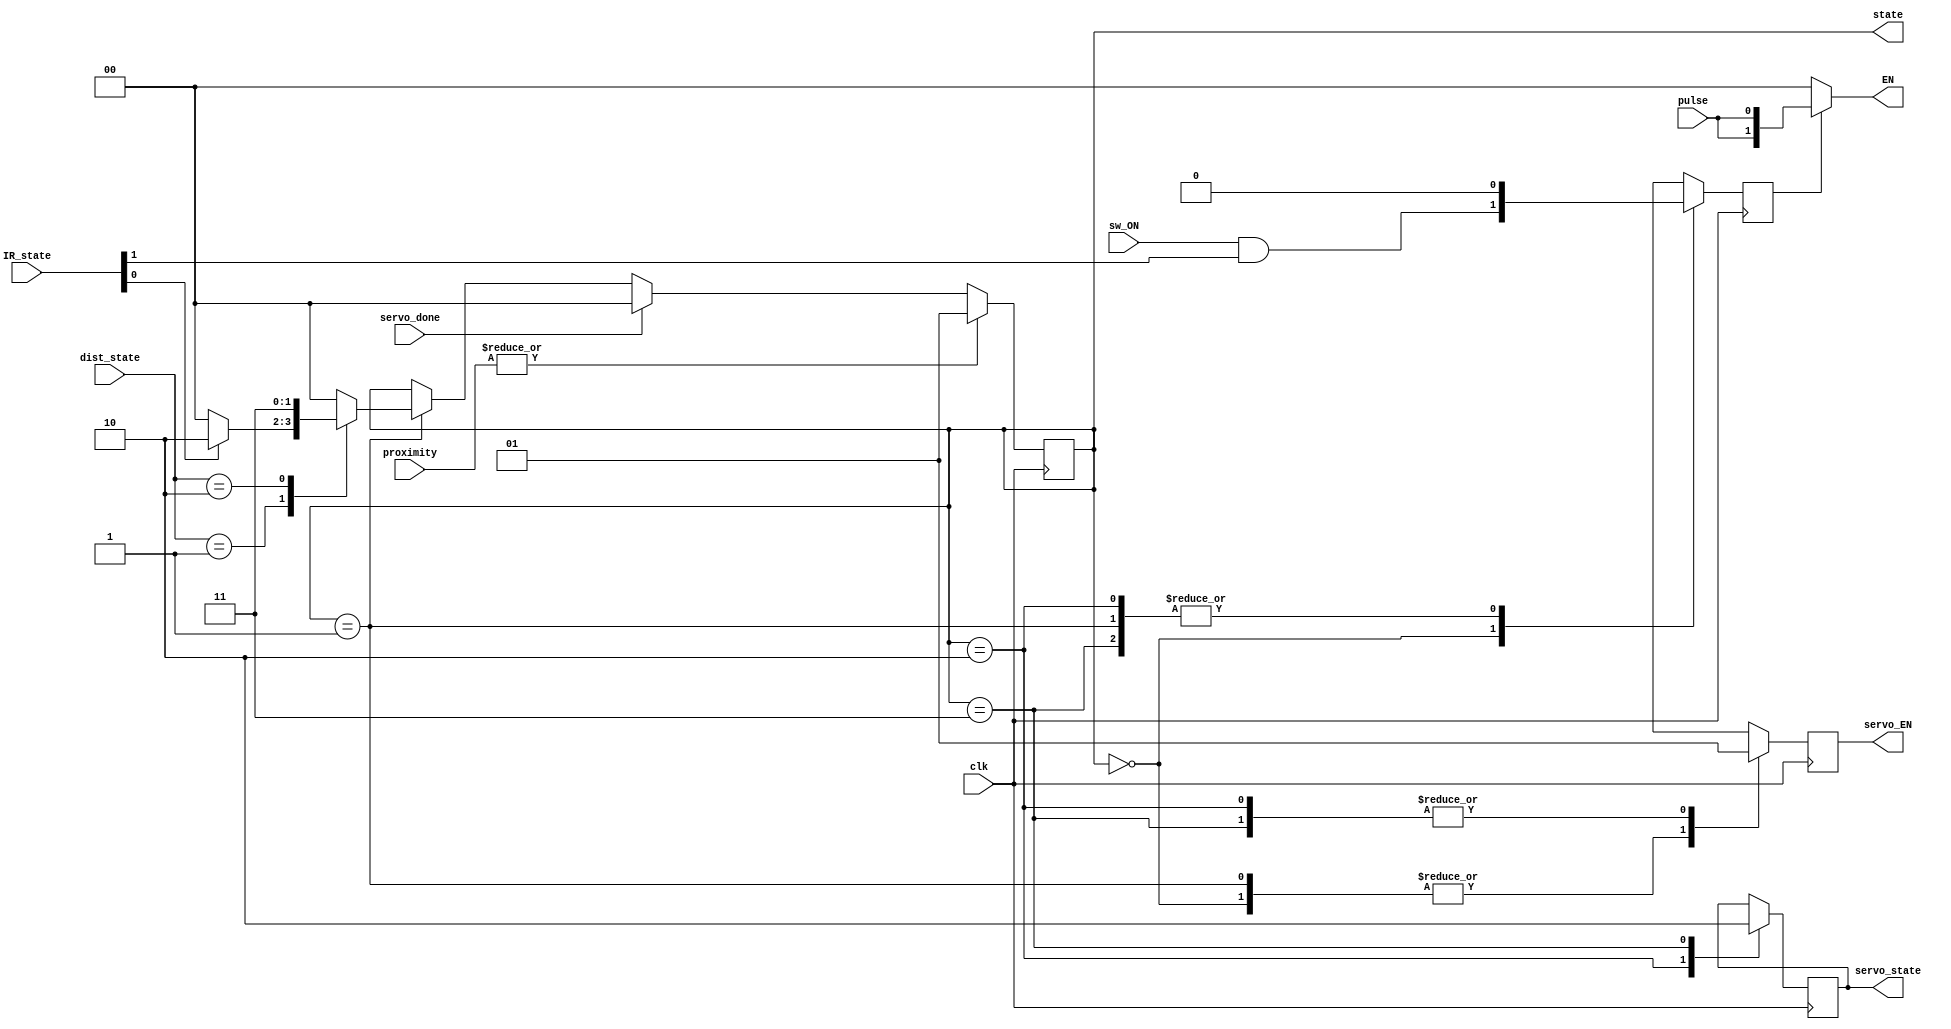
module mainStateMachine(
input clk,
input sw_ON,
input pulse,
input [1:0] dist_state,
input [1:0] proximity,
input [1:0] IR_state,
input servo_done,
output reg servo_state,
output reg servo_EN,
output [1:0] EN,
output reg [1:0] state
);
//Local variables
reg enable;
reg move;
initial state <= 0;
initial move <= 0;
assign EN[1:0] = (enable) ? {2{pulse}} : 0;
always @ (posedge clk)
begin
	case(state)
		0: //Rover is on and following path.
		begin
			enable <= (sw_ON && IR_state[1]);	//Set Enables to pulse.
			servo_EN <= 0;
		end
		1://Stops rover at station and checks for color.
		begin
			enable <= 0;	//Stops rover
			servo_EN <= 0;
			case(dist_state[1:0])
			2'b01 :	state <= (IR_state[0]) ? 2 : 0;
			2'b10 :	state <= 3;
			default : state <= 0;
			endcase 
		end
		2://Pick up from stations.
		begin
			enable <= 0;	//Stop rover.
			servo_EN <= 1;
			servo_state <= 1;	//Activate pickup.
		end
		3:// Drop off at station.
		begin
			enable <= 0;	//Stop rover
			servo_EN <= 1;
			servo_state <= 0;	//Active dropoff routine.
		end
		default: //Rover is stopped 
		begin
			enable <= 0;	//Set enables to 0. Stops rover.
			servo_EN <= 0;
		end
	endcase
	
	if(servo_done)	//Resume movement, rover is moving.
		state <= 0;
		
	if(|proximity[1:0])	//Stops at station and checks color.
		state <= 1;
		
	end
endmodule